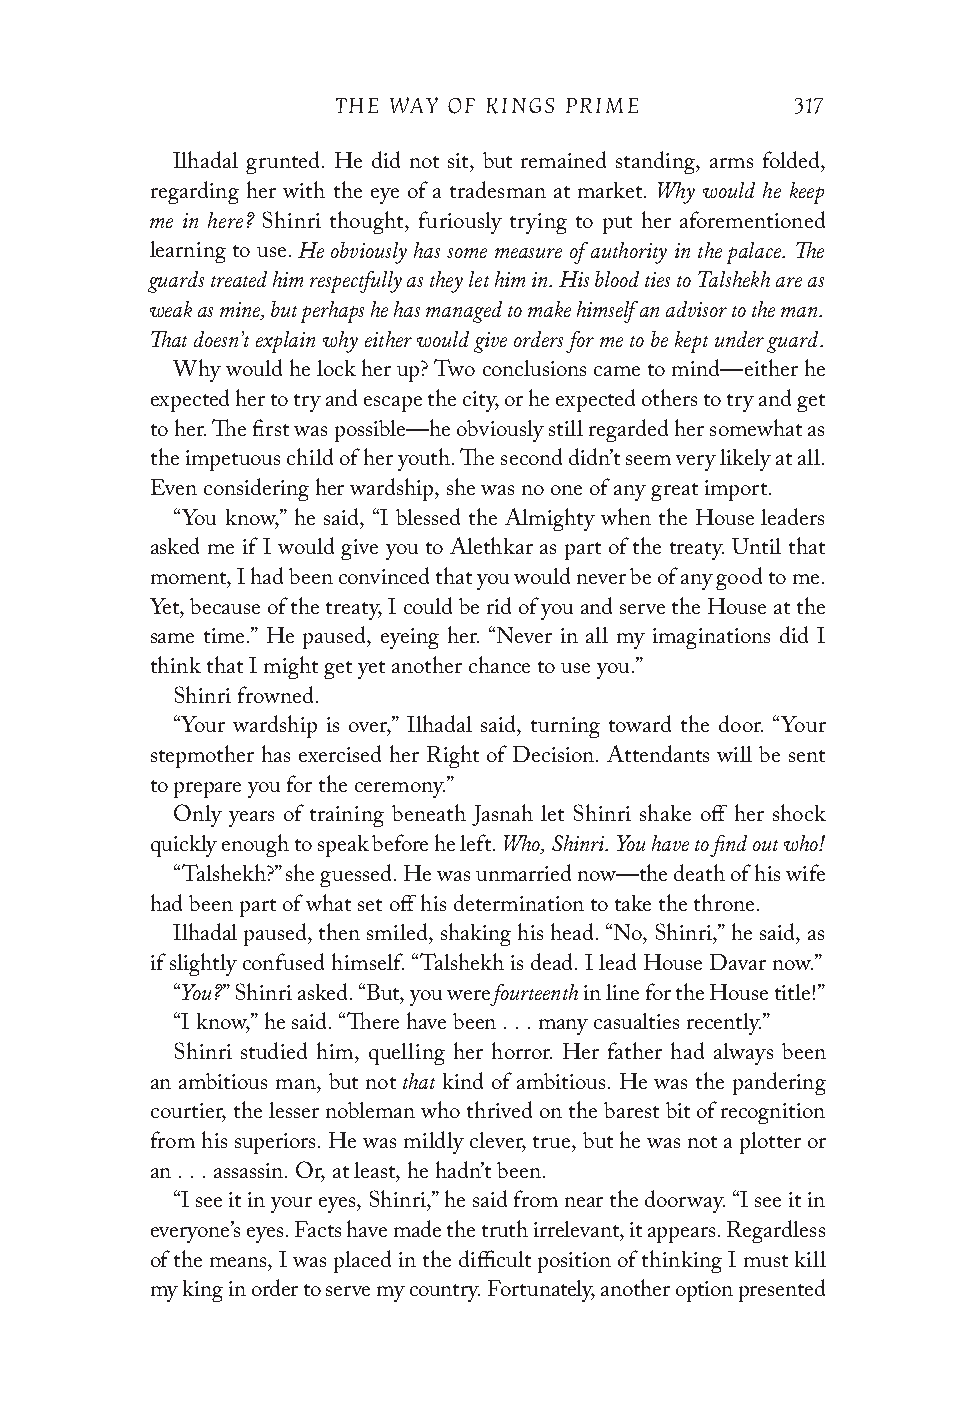
THE WAY OF KINGS PRIME         317
 Ilhadal grunted. He did not sit, but remained standing, arms folded,
 Why would he keep
 regarding her with the eye of a tradesman at market.
 me in here?
 Shinri thought, furiously trying to put her aforementioned
 He obviously has some measure of authority in the palace. The
 learning to use.
 guards treated him respectfully as they let him in. His blood ties to Talshekh are as
 weak as mine, but perhaps he has managed to make himself an advisor to the man.
 That doesn’t explain why either would give orders for me to be kept under guard.
 Why would he lock her up? Two conclusions came to mind—either he
 expected her to try and escape the city, or he expected others to try and get
 to her. The first was possible—he obviously still regarded her somewhat as
 the impetuous child of her youth. The second didn’t seem very likely at all.
 Even considering her wardship, she was no one of any great import.
 “You know,” he said, “I blessed the Almighty when the House leaders
 asked me if I would give you to Alethkar as part of the treaty. Until that
 moment, I had been convinced that you would never be of any good to me.
 Yet, because of the treaty, I could be rid of you and serve the House at the
 same time.” He paused, eyeing her. “Never in all my imaginations did I
 think that I might get yet another chance to use you.”
 Shinri frowned.
 “Your wardship is over,” Ilhadal said, turning toward the door. “Your
 stepmother has exercised her Right of Decision. Attendants will be sent
 to prepare you for the ceremony.”
 Only years of training beneath Jasnah let Shinri shake off her shock
 Who, Shinri. You have to find out who!
 quickly enough to speak before he left.
 “Talshekh?” she guessed. He was unmarried now—the death of his wife
 had been part of what set off his determination to take the throne.
 Ilhadal paused, then smiled, shaking his head. “No, Shinri,” he said, as
 if slightly confused himself. “Talshekh is dead. I lead House Davar now.”
 You?                 fourteenth
 “   ” Shinri asked. “But, you were in line for the House title!”
 “I know,” he said. “There have been . . . many casualties recently.”
 Shinri studied him, quelling her horror. Her father had always been
 that
 an ambitious man, but not kind of ambitious. He was the pandering
 courtier, the lesser nobleman who thrived on the barest bit of recognition
 from his superiors. He was mildly clever, true, but he was not a plotter or
 an . . . assassin. Or, at least, he hadn’t been.
 “I see it in your eyes, Shinri,” he said from near the doorway. “I see it in
 everyone’s eyes. Facts have made the truth irrelevant, it appears. Regardless
 of the means, I was placed in the difficult position of thinking I must kill
 my king in order to serve my country. Fortunately, another option presented